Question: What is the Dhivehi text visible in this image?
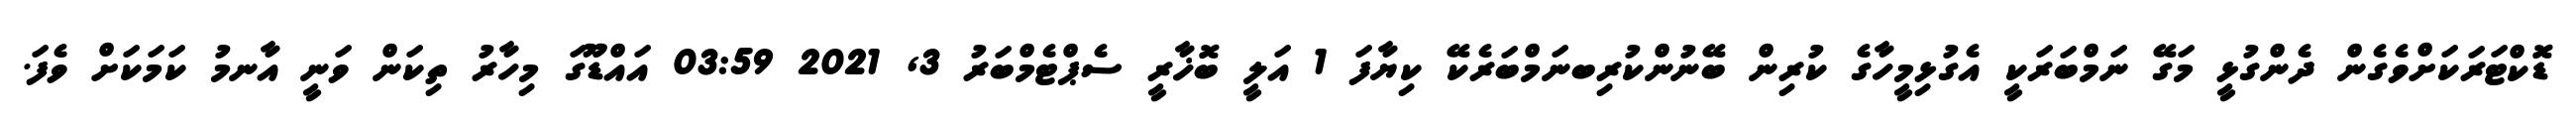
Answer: ޑޮކްޓަރަކަށްވެގެން ދެންގުޅީ މަގޭ ނަމްބަރަކީ އެގުޅިމީހާގެ ކުރިން ބޭނުންކުރިބނަމްބަރެކޭ ކިޔާފަ 1 އަލީ ބޮޚާރީ ސެޕްޓެމްބަރު 3, 2021 03:59 އައްޑޫގަ މިހާރު ތިކަން ވަނީ އާނމު ކަމަކަށް ވެފަ.